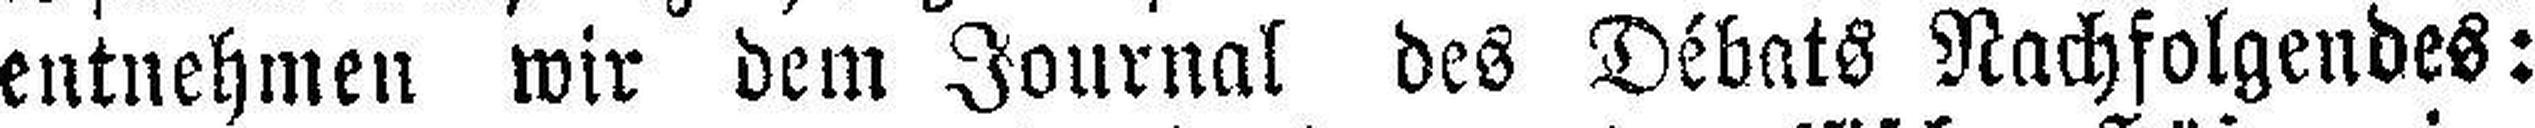
entnehmen wir dem Journal des Débats Nachfolgendes: